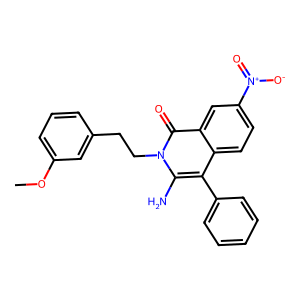
SMILES: COc1cccc(CCn2c(N)c(-c3ccccc3)c3ccc([N+](=O)[O-])cc3c2=O)c1
Inhibits HIV replication: No